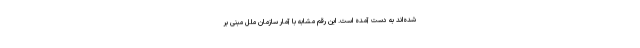
شده‌اند به دست آمده است. این رقم مشابه با آمار سازمان ملل مبنی بر